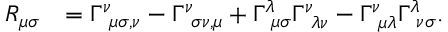
\begin{array} { r l } { R _ { \mu \sigma } } & { = \Gamma _ { \, \, \, \mu \sigma , \nu } ^ { \nu } - \Gamma _ { \, \, \, \sigma \nu , \mu } ^ { \nu } + \Gamma _ { \, \, \, \mu \sigma } ^ { \lambda } \Gamma _ { \, \, \, \lambda \nu } ^ { \nu } - \Gamma _ { \, \, \, \mu \lambda } ^ { \nu } \Gamma _ { \, \, \, \nu \sigma } ^ { \lambda } . } \end{array}